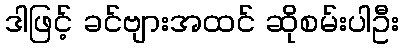
ဒါဖြင့် ခင်ဗျားအထင် ဆိုစမ်းပါဦး